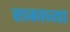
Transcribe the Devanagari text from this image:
राकाच्या